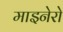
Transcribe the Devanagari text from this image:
माइनेरो